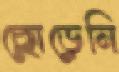
ছোড়েনি